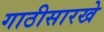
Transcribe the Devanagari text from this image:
गाठीसारखे